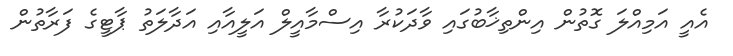
އެއީ އަމިއްލަ ގޮތުން އިންތިޚާބުގައި ވާދަކުރާ އިސްމާއީލް އަލީއާއި އަދާލަތު ޕާޓީގެ ފަރާތުން